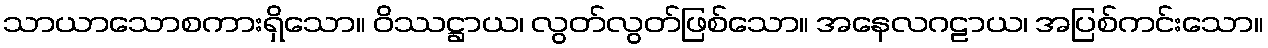
သာယာသောစကားရှိသော။ ဝိဿဋ္ဌာယ၊ လွတ်လွတ်ဖြစ်သော။ အနေလဂဠာယ၊ အပြစ်ကင်းသော။